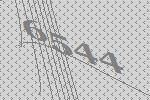
6544